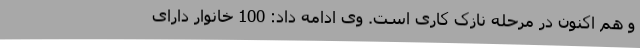
و هم اکنون در مرحله نازک کاری است. وی ادامه داد: 100 خانوار دارای